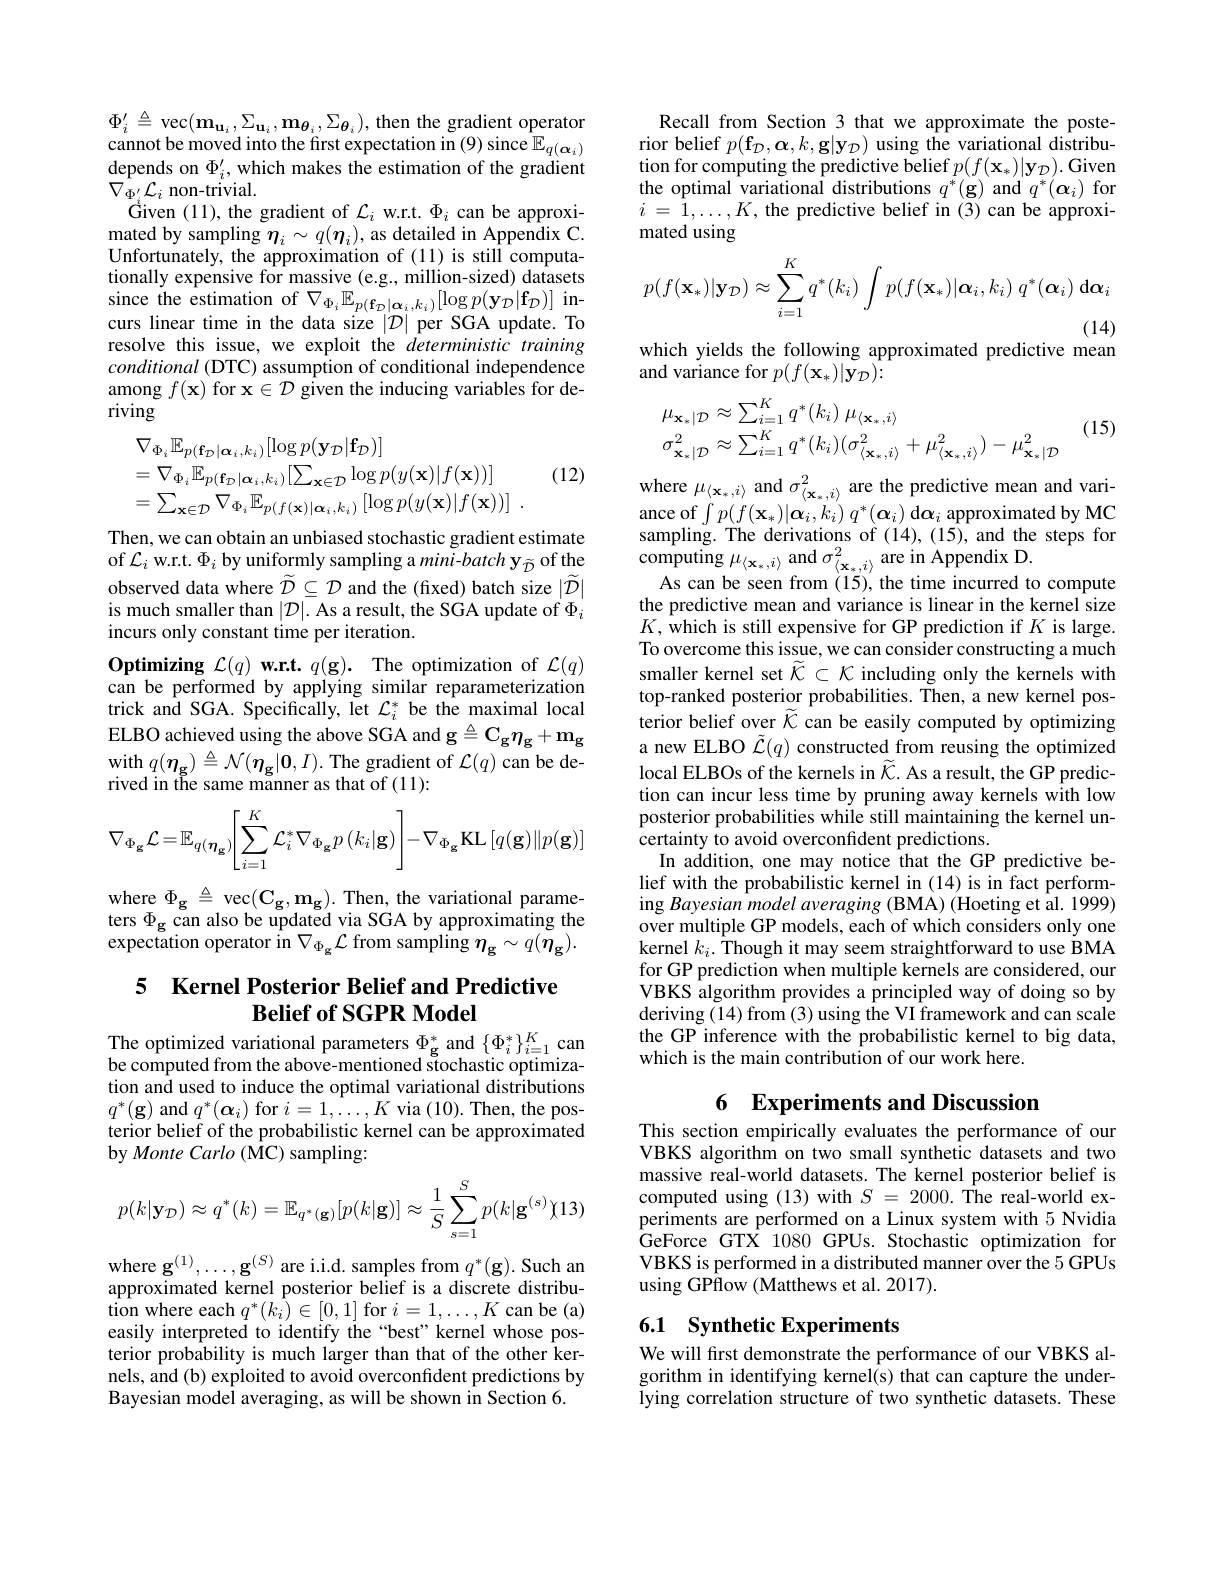
$\Phi _{i}^{\prime }\triangleq \operatorname { vec} ( \mathbf{m} _{\mathbf{u} _{i}}, \Sigma _{\mathbf{u} _{i}}, \mathbf{m} _{\mathbf{\theta } _{i}}, \Sigma _{\mathbf{\theta } _{i}}) $, then the gradient operator cannot be moved into the first expectation in ( 9) since $\mathbb{E} _{q( \boldsymbol{\alpha }_{i}) }$ cannot be moved into the first expectation in ( 9) since $\mathbb{E} _{q( \boldsymbol{\alpha }_{}}$ depends on $\Phi_i^{\prime}$, which makes the estimation of the gradient $\nabla_{\Phi_{i}^{\prime}}\mathcal{L}_{i}$ non-trivial.
Given (11), the gradient of $\mathcal{L}_i$ w.r.t. $\Phi_i$ can be approxi- $\operatorname*{mated}$by sampling $\eta_i\sim q(\boldsymbol{\eta}_i)$, as detailed in Appendix C. Unfortunately, the approximation of (11) is still computationally expensive for massive (e.g., million-sized) datasets since the estimation of $\nabla_{\Phi_{i}}\mathbb{E}_{p(\mathbf{f}_{\mathcal{D}}|\boldsymbol{\alpha}_{i},k_{i})}[\log p(\mathbf{y}_{\mathcal{D}}|\mathbf{f}_{\mathcal{D}})]$ incurs linear time in the data size $|\mathcal{D}|$ per SGA update. To resolve this issue, we exploit the deterministic training conditional (DTC) assumption of conditional independence among $f(\mathbf{x})$ for $\mathbf{x}\in\mathcal{D}$ given the inducing variables for deriving

(12)
$$\begin{aligned}&\nabla_{\Phi_{i}}\mathbb{E}_{p(\mathbf{f}_{D}|\boldsymbol{\alpha}_{i},k_{i})}[\log p(\mathbf{y}_{\mathcal{D}}|\mathbf{f}_{\mathcal{D}})]\\&=\nabla_{\Phi_{i}}\mathbb{E}_{p(\mathbf{f}_{D}|\boldsymbol{\alpha}_{i},k_{i})}[\sum_{\mathbf{x}\in\mathcal{D}}\log p(y(\mathbf{x})|f(\mathbf{x}))]\\&=\sum_{\mathbf{x}\in\mathcal{D}}\nabla_{\Phi_{i}}\mathbb{E}_{p(f(\mathbf{x})|\boldsymbol{\alpha}_{i},k_{i})}\left[\log p(y(\mathbf{x})|f(\mathbf{x}))\right]\:.\end{aligned}$$
Then, we can obtain an unbiased stochastic gradient estimate of $\mathcal{L}_i$ w.r.t. $\Phi_i$ by uniformly sampling a mini-batch y$_\tilde{\mathcal{D}}$ of the observed data where $\widetilde{\mathcal{D}}\subseteq\mathcal{D}$ and the (fixed) batch size $|\widetilde{\mathcal{D}}|$ is much smaller than $|\mathcal{D}|.$ As a result, the SGA update of $\Phi_i$ incurs only constant time per iteration.
$\mathbf{Optimizing}_{c}\mathcal{L} ( q) \textbf{w. r. t. }q( \mathbf{g} ) .$ The optimization of $\mathcal{L}(q)$ can be performed by applying similar reparameterization trick and SGA. Specifically, let $\mathcal{L}_i^*$ be the maximal local ELBO achieved using the above SGA and g$\triangleq C_g\eta _g$+ $m_g$ with $q(\boldsymbol\eta_{\mathbf{g}})\triangleq\mathcal{N}(\boldsymbol\eta_{\mathbf{g}}|\boldsymbol{0},I).$ The gradient of $\mathcal{L}(q)$ can be derived in the same manner as that of (11):
$$\nabla_{\Phi_{\mathbf{g}}}\mathcal{L}=\mathbb{E}_{q(\boldsymbol{\eta}_{\mathbf{g}})}\biggl[\sum_{i=1}^{K}\mathcal{L}_{i}^{*}\nabla_{\Phi_{\mathbf{g}}}p(k_{i}|\mathbf{g})\biggr]-\nabla_{\Phi_{\mathbf{g}}}\mathbf{KL}\left[q(\mathbf{g})\|p(\mathbf{g})\right]$$
where $\Phi_{\mathbf{g}}\triangleq$ vec$(\mathbf{C}_{\mathbf{g}},\mathbf{m}_{\mathbf{g}}).$ Then, the variational parame- $\begin{array}{l}{\mathrm{ters~\Phi_{g}~can~also~be~updated~via~SGA~by~approximating~the}}\\{\mathrm{expectation~operator~in~}\nabla_{\Phi_{g}}{\mathcal{L}}~\mathrm{from~sampling~}\eta_{g}\sim q(\eta_{g}).}\end{array}$

## 5 Kernel Posterior Belief and Predictive $\textbf{Belief of SGPR Model}$

The optimized variational parameters $\Phi_\mathrm{g}^*$ and $\{\Phi_i^*\}_{i=1}^K$ can be computed from the above-mentioned s̈tochastic optimization and used to induce the optimal variational distributions $q^{*}(\mathbf{g})$ and $q^*(\boldsymbol{\alpha}_i)$ for $i=1,\ldots,K$ via (10). Then, the posterior belief of the probabilistic kernel can be approximated by Monte Carlo ( MC) sampling:
$$p(k|\mathbf{y}_{\mathcal{D}})\approx q^*(k)=\mathbb{E}_{q^*(\mathbf{g})}[p(k|\mathbf{g})]\approx\frac{1}{S}\sum_{s=1}^{S}p(k|\mathbf{g}^{(s)})(13)$$
$\mathrm{where~g}^{( 1) }, \ldots , \mathbf{g} ^{( S) }$ are i. i. d. samples from $q^{* }( \mathbf{g} ) .$ Such an approximated kernel posterior belief is a discrete distribution where each $q^*(\bar{k_i})\in[0,1]$ for $i=1,\ldots,K$ can be (a) easily interpreted to identify the “best”kernel whose posterior probability is much larger than that of the other kernels, and (b) exploited to avoid overconfident predictions by Bayesian model averaging, as will be shown in Section 6.

Recall from Section 3 that we approximate the posterior belief $p(\mathbf{f}_{\mathcal{D}},\mathbf{\alpha},k,\mathbf{g}|\mathbf{y}_{\mathcal{D}})$ using the variational distribution for computing the predictive belief $p(f(\mathbf{x}_*)|\mathbf{y}_{\mathcal{D}}).$ Given the optimal variational distributions $q^*(\mathbf{g})$ and $q^*(\boldsymbol\alpha_i)$ for $i$ = $\bar{1} , \ldots , K$, the predictive belief in (3)can be approximated using
$$p(f(\mathbf{x}_{*})|\mathbf{y}_{\mathcal{D}})\approx\sum_{i=1}^{K}q^{*}(k_{i})\int p(f(\mathbf{x}_{*})|\boldsymbol{\alpha}_{i},k_{i})\:q^{*}(\boldsymbol{\alpha}_{i})\:\mathrm{d}\boldsymbol{\alpha}_{i}\\(14)$$
which yields the following approximated predictive mean

${\mathrm{and~variance~for~}p(f(\mathbf{x}_*)|\mathbf{y}_{\mathcal{D}}):}$

(15)
$$\begin{array}{l}\mu_{\mathbf{x}_*|\mathcal{D}}\approx\sum_{i=1}^Kq^*(k_i)\:\mu_{\langle\mathbf{x}_*,i\rangle}\\\sigma_{\mathbf{x}_*|\mathcal{D}}^2\approx\sum_{i=1}^Kq^*(k_i)(\sigma_{\langle\mathbf{x}_*,i\rangle}^2+\mu_{\langle\mathbf{x}_*,i\rangle}^2)-\mu_{\mathbf{x}_*|\mathcal{D}}^2\end{array}$$
where $\mu_\langle\mathbf{x}_{*},i\rangle$ and $\sigma_\langle\mathbf{x}_{*},i\rangle^{2}$ are the predictive mean and variance of$\int p( f( \mathbf{x} _{* }) | \mathbf{\alpha } _{i}, k_{i})$ $q^{* }( \boldsymbol{\alpha }_{i})$d$\boldsymbol\alpha_i$ approximated by MC sampling. The derivations of (14),(15), and the steps for $\operatorname{computing}\mu_{\langle\mathbf{x}_{*},i\rangle}$and$\sigma_{\langle\mathbf{x}_{*},i\rangle}^{2}$are in Appendix D.
As can be seen from (15), the time incurred to compute the predictive mean and variance is linear in the kernel size $K$,which is still expensive for GP prediction if $K$ is large. To overcome this issue, we can consider constructing a much smaller kernel set $\widetilde{\mathcal{K}}\subset\mathcal{K}$ including only the kernels with top-ranked posterior probabilities. Then, a new kernel pos- $\hat{\text{terior belief over }\widetilde{K}}$can be easily computed by optimizing a new ELBO $\tilde{\mathcal{L}}(q)$ constructed from reusing the optimized local ELBOs of the kernels in $\widetilde{\mathcal{K}}.$ As a result, the GP prediction can incur less time by pruning away kernels with low posterior probabilities while still maintaining the kernel uncertainty to avoid overconfident predictions.
In addition, one may notice that the GP predictive belief with the probabilistic kernel in (14) is in fact performing Bayesian model averaging ( BMA) ( Hoeting et al. 1999) over multiple GP models, each of which considers only one kernel $k_i.$ Though it may seem straightforward to use BMA for GP prediction when multiple kernels are considered, our VBKS algorithm provides a principled way of doing so by deriving (14) from (3) using the VI framework and can scale the GP inference with the probabilistic kernel to big data, which is the main contribution of our work here.

6 Experiments and Discussion

This section empirically evaluates the performance of our VBKS algorithm on two small synthetic datasets and two massive real-world datasets. The kernel posterior belief is computed using (13) with $S= 2000.$ The real- worldex- periments are performed on a Linux system with 5 Nvidia GeForce GTX 1080 GPUs. Stochastic optimization for VBKS is performed in a distributed manner over the 5 GPUs using GPflow (Matthews et al. 2017).

## 6.1 Synthetic Experiments We will first demonstrate the performance of our VBKS al-

gorithm in identifying kernel(s) that can capture the underlying correlation structure of two synthetic datasets. These